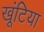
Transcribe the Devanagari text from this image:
खूंटिया